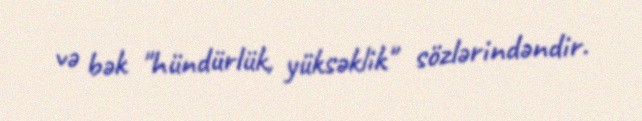
və bək "hündürlük, yüksəklik" sözlərindəndir.